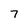
Character: 7